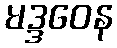
မဒ္ဒဝေန